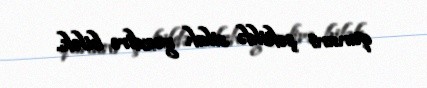
qanuni şəkildə silah gəzdirə bilək.